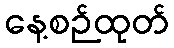
နေ့စဉ်ထုတ်